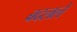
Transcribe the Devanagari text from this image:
बदललें